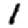
Digit: 1